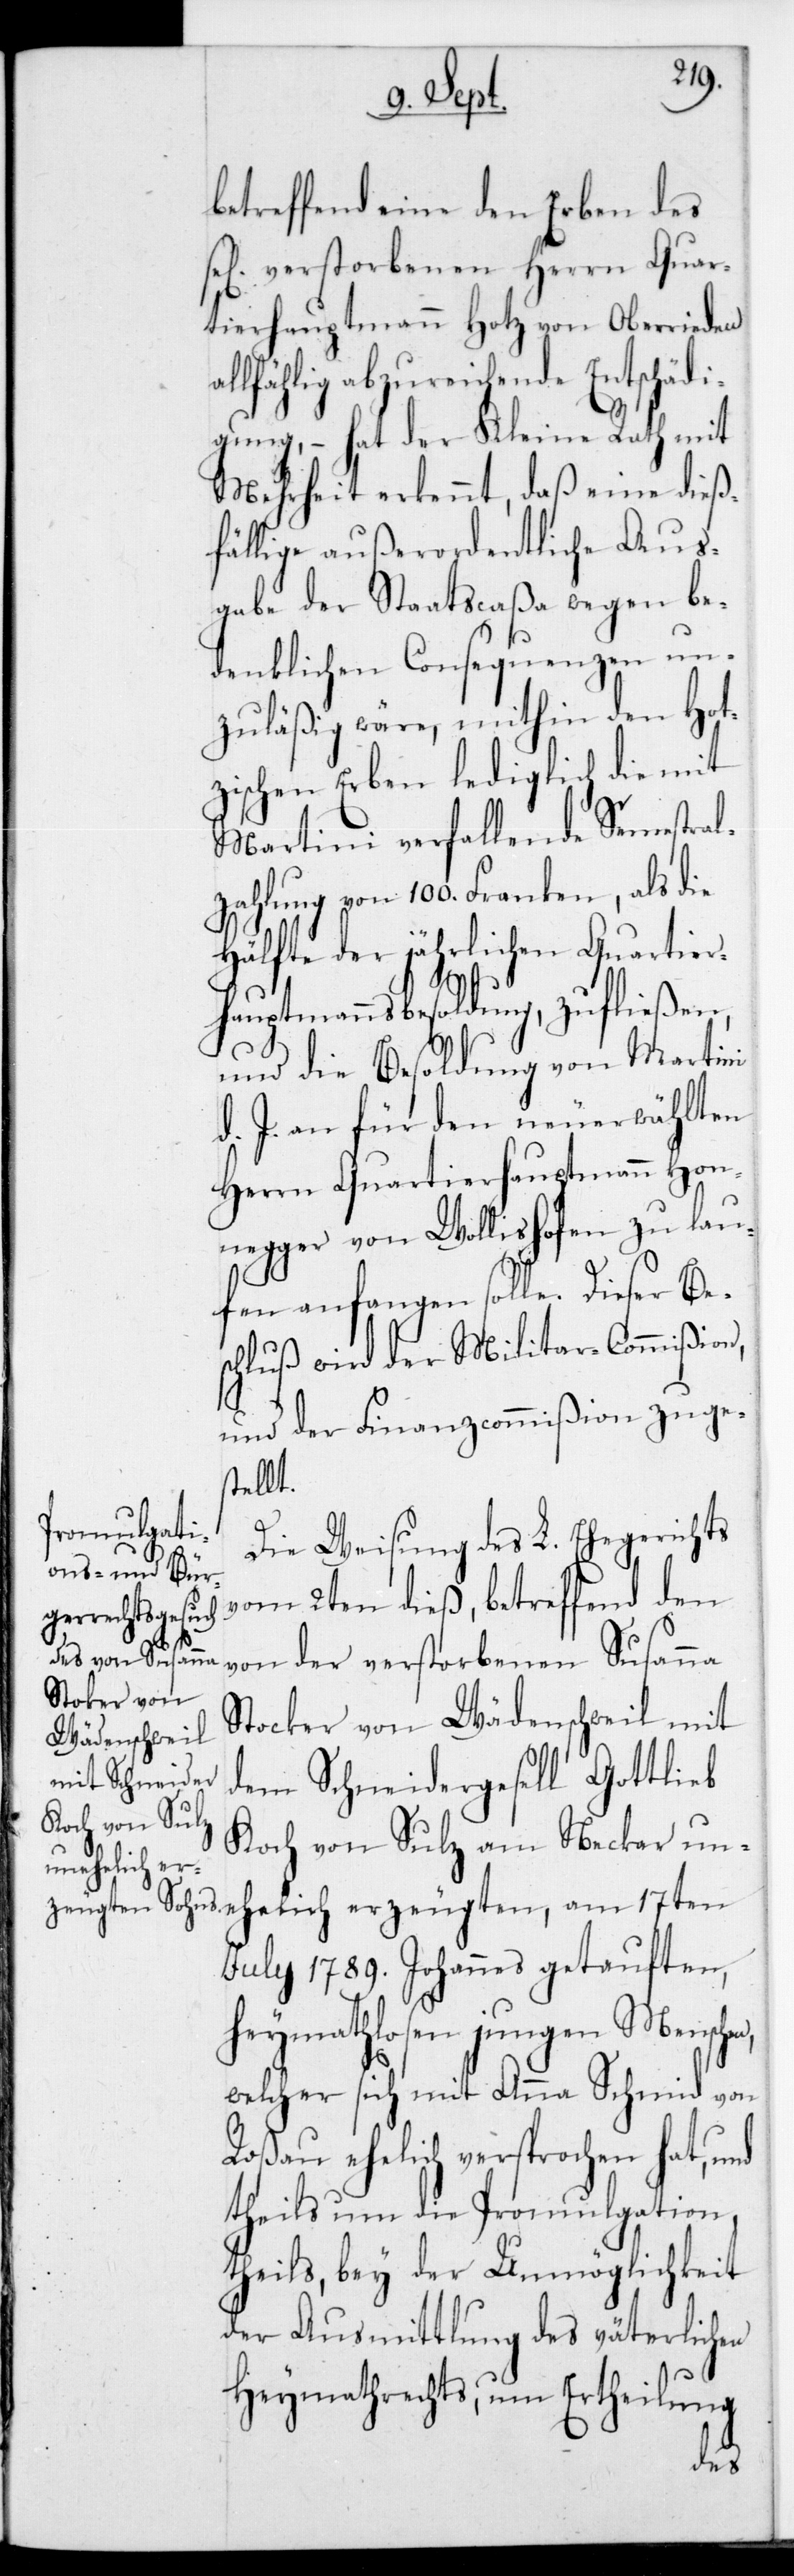
betreffend eine den Erben des
se[lig] verstorbenen Herrn Quar¬
tierhauptmann Hotz von Oberrieden
lfählig abzureichende Entschädi¬
gung, – hat der Kleine Rath mit
Mehrheit erkennt, daß eine dieß¬
fällige außerordentliche Aus¬
gabe der Staatscaßa wegen be¬
denklichen Consequenzen un¬
zuläßig wäre, mithin den Hot¬
zischen Erben lediglich die mit
Martini verfallende Semestral¬
zahlung von 100 Franken, als die
Hälfte der jährlichen Quartier¬
hauptmannsbesoldung zufließen,
und die Besoldung von Martini
d. J. an für den neuerwählten
Herrn Quartierhauptmann Hon¬
egger von Wollishofen zu lau¬
fen anfangen solle. Dieser Be¬
schluß wird der Militar-Commißion,
und der Finanzcommißion zuge¬
stellt.
zeugten,
Die Weisung des L. Ehegerichts
vom 2ten dieß, betreffend den
von der verstorbenen Susanna
Wädenschweil
dem Schneidergesell Gottlieb
Koch von Sulz am Neckar u¬
nehelich er¬
July 1789 Johannes getauften,
heymathlosen jungen Mensche¬
welcher sich mit Anna Schmid von
Roßau ehelich versprochen hat, und
theils um die Promulgation,
theils, bey der Unmöglichkeit
der Ausmittlung des väterlichen
Heymathrechts, um Ertheilung
n,